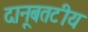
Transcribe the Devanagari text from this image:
दानूबतटीय